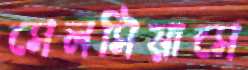
সেলসিয়াসে